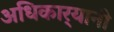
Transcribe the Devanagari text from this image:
अधिकार्‍यानी